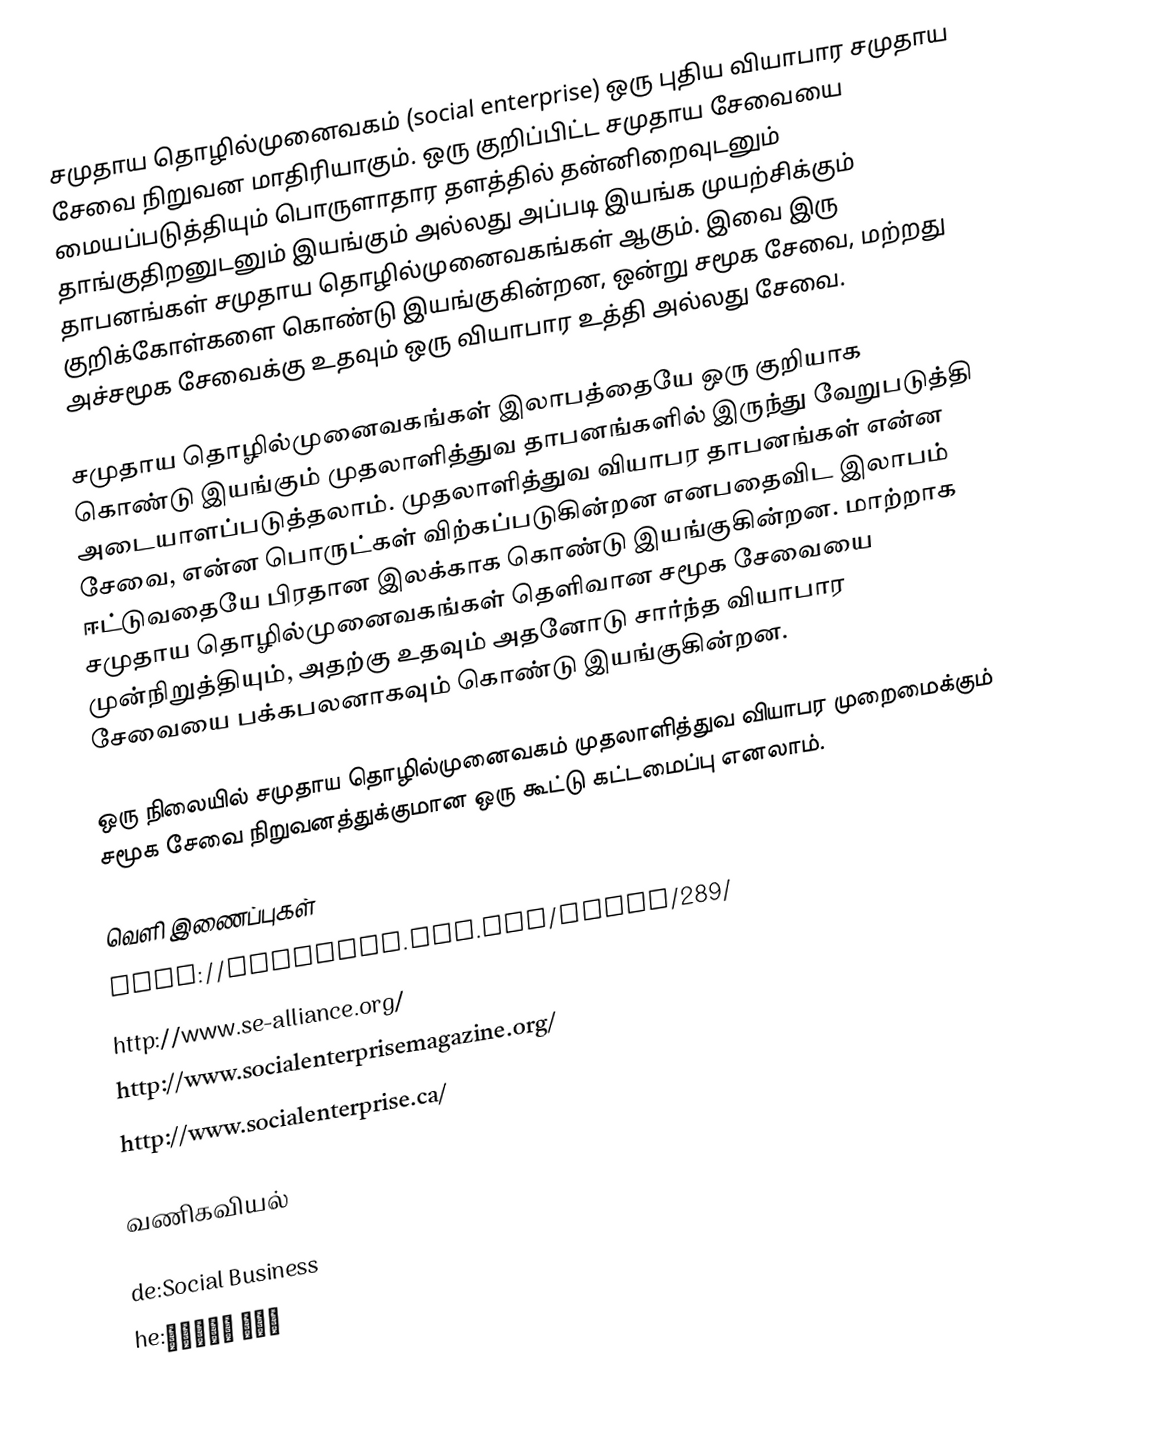
சமுதாய தொழில்முனைவகம் (social enterprise) ஒரு புதிய வியாபார சமுதாய சேவை நிறுவன மாதிரியாகும். ஒரு குறிப்பிட்ட சமுதாய சேவையை மையப்படுத்தியும் பொருளாதார தளத்தில் தன்னிறைவுடனும் தாங்குதிறனுடனும் இயங்கும் அல்லது அப்படி இயங்க முயற்சிக்கும் தாபனங்கள் சமுதாய தொழில்முனைவகங்கள் ஆகும். இவை இரு குறிக்கோள்களை கொண்டு இயங்குகின்றன, ஒன்று சமூக சேவை, மற்றது அச்சமூக சேவைக்கு உதவும் ஒரு வியாபார உத்தி அல்லது சேவை.

சமுதாய தொழில்முனைவகங்கள் இலாபத்தையே ஒரு குறியாக கொண்டு இயங்கும் முதலாளித்துவ தாபனங்களில் இருந்து வேறுபடுத்தி அடையாளப்படுத்தலாம். முதலாளித்துவ வியாபர தாபனங்கள் என்ன சேவை, என்ன பொருட்கள் விற்கப்படுகின்றன எனபதைவிட இலாபம் ஈட்டுவதையே பிரதான இலக்காக கொண்டு இயங்குகின்றன. மாற்றாக சமுதாய தொழில்முனைவகங்கள் தெளிவான சமூக சேவையை முன்நிறுத்தியும், அதற்கு உதவும் அதனோடு சார்ந்த வியாபார சேவையை பக்கபலனாகவும் கொண்டு இயங்குகின்றன.

ஒரு நிலையில் சமுதாய தொழில்முனைவகம் முதலாளித்துவ வியாபர முறைமைக்கும் சமூக சேவை நிறுவனத்துக்குமான ஒரு கூட்டு கட்டமைப்பு எனலாம்.

வெளி இணைப்புகள்
 http://mitworld.mit.edu/video/289/
 http://www.se-alliance.org/
 http://www.socialenterprisemagazine.org/
 http://www.socialenterprise.ca/

வணிகவியல்

de:Social Business
he:עסק חברתי